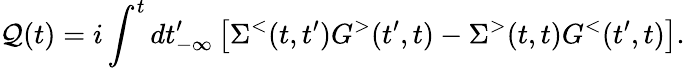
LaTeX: \mathcal{Q}(t)=i\int^{t}dt_{-\infty}^{\prime}\left[\Sigma^{<}(t,t^{\prime})G^{>}(t^{\prime},t)-\Sigma^{>}(t,t)G^{<}(t^{\prime},t)\right].